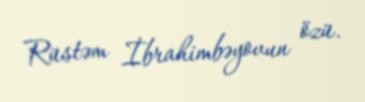
Rüstəm İbrahimbəyovun özü.